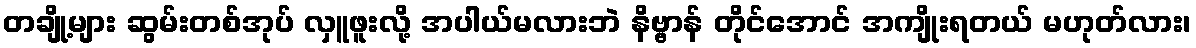
တချို့များ ဆွမ်းတစ်အုပ် လှူဖူးလို့ အပါယ်မလားဘဲ နိဗ္ဗာန် တိုင်အောင် အကျိုးရတယ် မဟုတ်လား၊